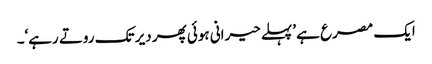
ایک مصرع ہے ’پہلے حیرانی ہوئی پھر دیر تک روتے رہے‘۔